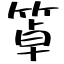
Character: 䈇